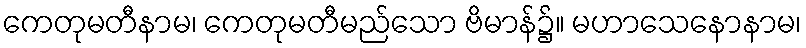
ကေတုမတီနာမ၊ ကေတုမတီမည်သော ဗိမာန်၌။ မဟာသေနောနာမ၊